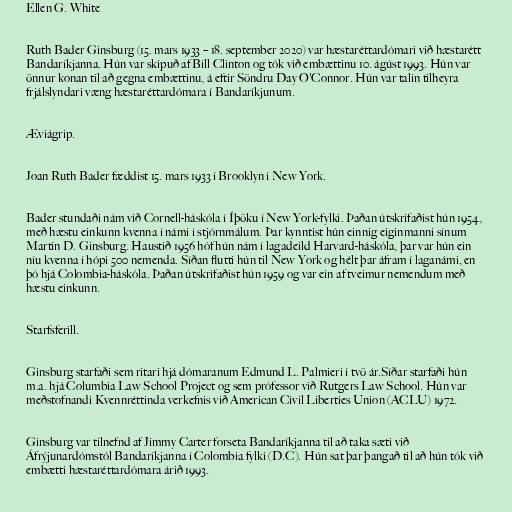
Ellen G. White

Ruth Bader Ginsburg (15. mars 1933 – 18. september 2020) var hæstaréttardómari við hæstarétt
Bandaríkjanna. Hún var skipuð af Bill Clinton og tók við embættinu 10. ágúst 1993. Hún var
önnur konan til að gegna embættinu, á eftir Söndru Day O'Connor. Hún var talin tilheyra
frjálslyndari væng hæstaréttardómara í Bandaríkjunum.

Æviágrip.

Joan Ruth Bader fæddist 15. mars 1933 í Brooklyn í New York.

Bader stundaði nám við Cornell-háskóla í Íþöku í New York-fylki. Þaðan útskrifaðist hún 1954,
með hæstu einkunn kvenna í námi í stjórnmálum. Þar kynntist hún einnig eiginmanni sínum
Martin D. Ginsburg. Haustið 1956 hóf hún nám í lagadeild Harvard-háskóla, þar var hún ein
níu kvenna í hópi 500 nemenda. Síðan flutti hún til New York og hélt þar áfram í laganámi, en
þó hjá Colombia-háskóla. Þaðan útskrifaðist hún 1959 og var ein af tveimur nemendum með
hæstu einkunn.

Starfsferill.

Ginsburg starfaði sem ritari hjá dómaranum Edmund L. Palmieri í tvö ár.Síðar starfaði hún
m.a. hjá Columbia Law School Project og sem prófessor við Rutgers Law School. Hún var
meðstofnandi Kvennréttinda verkefnis við American Civil Liberties Union (ACLU) 1972.

Ginsburg var tilnefnd af Jimmy Carter forseta Bandaríkjanna til að taka sæti við
Áfrýjunardómstól Bandaríkjanna í Colombia fylki (D.C). Hún sat þar þangað til að hún tók við
embætti hæstaréttardómara árið 1993.